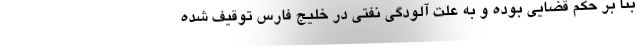
بنا بر حکم قضایی بوده و به علت آلودگی نفتی در خلیج فارس توقیف شده